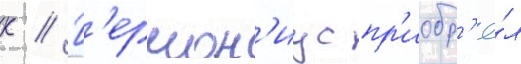
К // Г'ермон'иус пр'иобр'ё́л